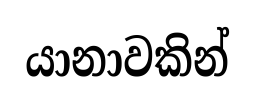
යානාවකින්